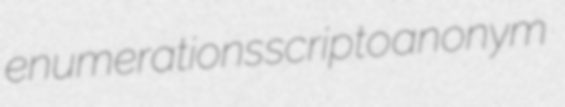
enumerations scripto anonym